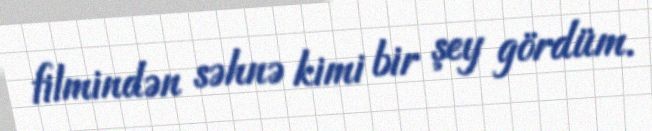
filmindən səhnə kimi bir şey gördüm.